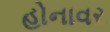
હોનાવર